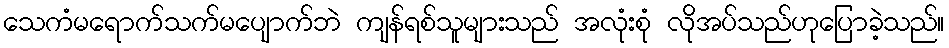
သေကံမရောက်သက်မပျောက်ဘဲ ကျန်ရစ်သူများသည် အလုံးစုံ လိုအပ်သည်ဟုပြောခဲ့သည်။